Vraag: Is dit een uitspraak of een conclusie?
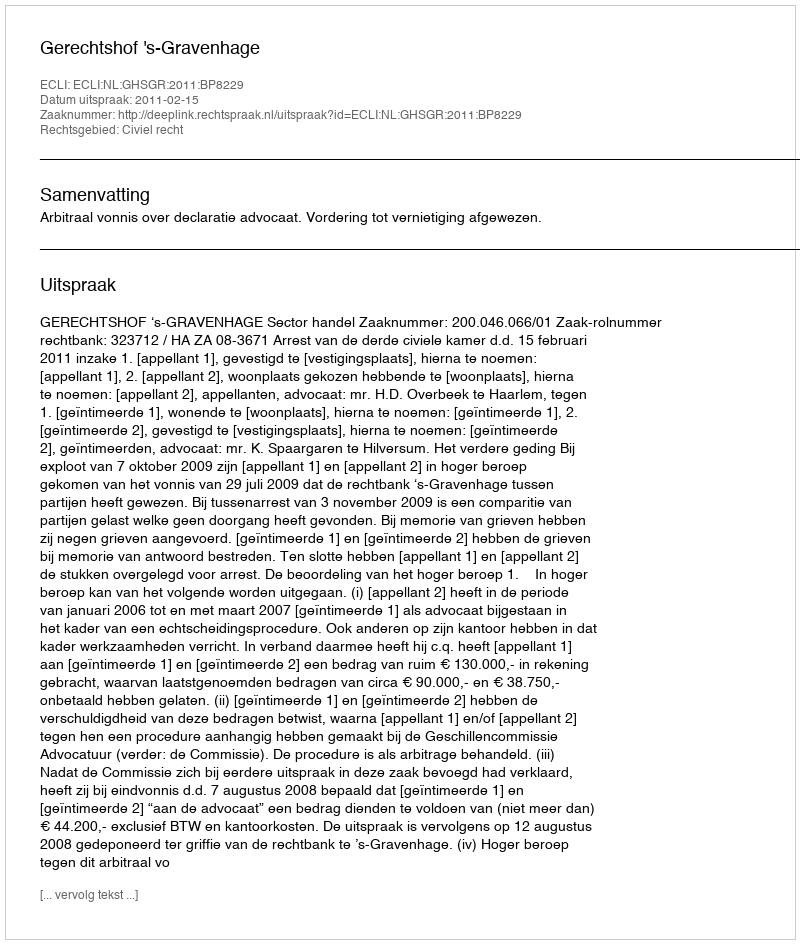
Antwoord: Uitspraak